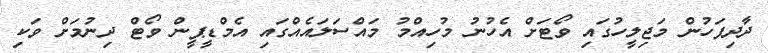
ދާދިފަހުން މަޖިލީހުގައި ވޯޓަށް އެހުނު މުހިއްމު މައްސަލައެއްގައި އެމްޑީޕީން ވޯޓް ދިނުމަށް ވަކި